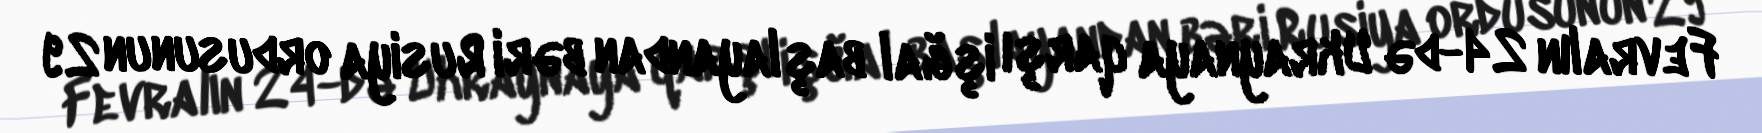
Fevralın 24-də Ukraynaya qarşı işğal başlayandan bəri Rusiya ordusunun 29